Report on the bubonic plague in Bombay, 1896-1897
Year: 1896
Disease focus: Plague
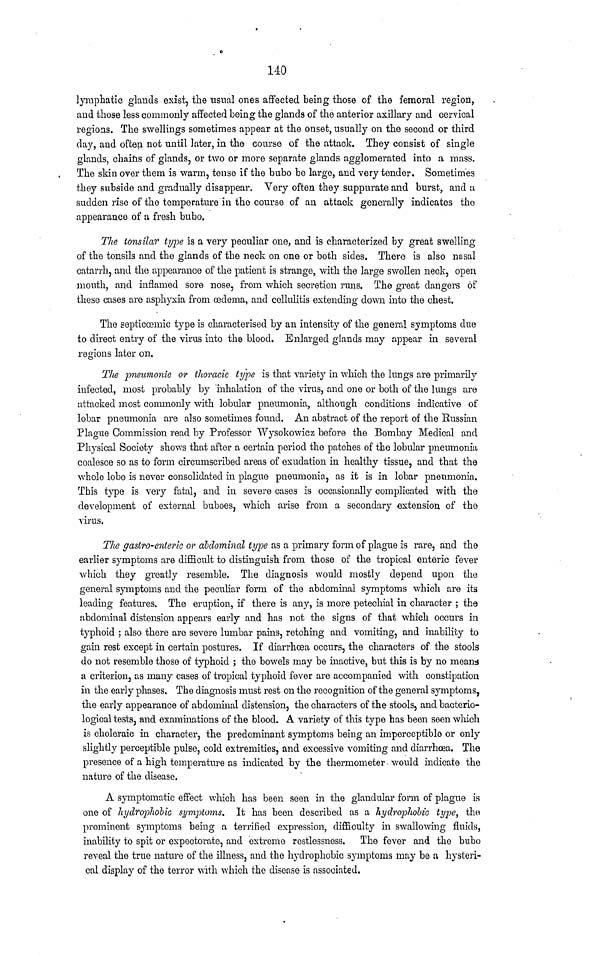
140
lymphatic glands exist, the usual ones affected being those of the femoral region,
and those less commonly affected being the glands of the anterior axillary and cervical
regions. The swellings sometimes appear at the onset, usually on the second or third
day, and often not until later, in the course of the attack. They consist of single
glands, chains of glands, or two or more separate glands agglomerated into a mass.
The skin over them is warm, tense if the bubo be large, and very tender. Sometimes
they subside and gradually disappear. Very often they suppurate and burst, and u
sudden rise of the temperature in the course of an attack generally indicates the
appearance of a fresh bubo.
The tonsilar type is a very peculiar one, and is characterized by great swelling
of the tonsils and the glands of the neck on one or both sides. There is also nasal
catarrh, and the appearance of the patient is strange, with the large swollen neck, open
mouth, and inflamed sore nose, from which secretion runs. The great dangers of
these cases are asphyxia from œdema, and cellulitis extending down into the chest.
The septicœmic type is characterised by an intensity of the general symptoms due
to direct entry of the virus into the blood. Enlarged glands may appear in several
regions later on.
The pneumonic or thoracic type is that variety in which the lungs are primarily
infected, most probably by inhalation of the virus, and one or both of the lungs are
attacked most commonly with lobular pneumonia, although conditions indicative of
lobar pneumonia are also sometimes found. An abstract of the report of the Russian
Plague Commission read by Professor Wysokowicz before the Bombay Medical and
Physical Society shows that after a certain period the patches of the lobular pneumonia
coalesce so as to form circumscribed areas of exudation in healthy tissue, and that the
whole lobe is never consolidated in plague pneumonia, as it is in lobar pneumonia.
This type is very fatal, and in severe cases is occasionally complicated with the
development of external buboes, which arise from a secondary extension of the
virus.
The gastro-enteric or abdominal type as a primary form of plague is rare, and the
earlier symptoms are difficult to distinguish from those of the tropical enteric fever
which they greatly resemble. The diagnosis would mostly depend upon the
general symptoms and the peculiar form of the abdominal symptoms which are its
leading features. The eruption, if there is any, is more petechial in character ; the
abdominal distension appears early and has not the signs of that which occurs in
typhoid ; also there are severe lumbar pains, retching and vomiting, and inability to
gain rest except in certain postures. If diarrhoea occurs, the characters of the stools
do not resemble those of typhoid ; the bowels may be inactive, but this is by no means
a criterion, as many cases of tropical typhoid fever are accompanied with constipation
in the early phases. The diagnosis must rest on the recognition of the general symptoms,
the early appearance of abdominal distension, the characters of the stools, and bacterio-
logical tests, and examinations of the blood. A variety of this type has been seen which
is choleraic in character, the predominant symptoms being an imperceptible or only
slightly perceptible pulse, cold extremities, and excessive vomiting and diarrhœa. The
presence of a high temperature as indicated by the thermometer · would indicate the
nature of the disease.
A symptomatic effect which has been seen in the glandular form of plague is
one of hydrophobic symptoms. It has been described as a hydrophobic type, the
prominent symptoms being a terrified expression, difficulty in swallowing fluids,
inability to spit or expectorate, and extreme restlessness. The fever and the bubo
reveal the true nature of the illness, and the hydrophobic symptoms may be a hysteri-
cal display of the terror with which the disease is associated.